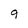
Character: 9